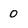
Character: 0